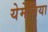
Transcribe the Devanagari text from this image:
येमेनिया